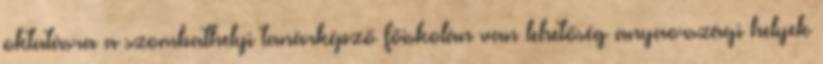
oktatásra a szombathelyi tanárképző főiskolán van lehetőség anyaországi helyek